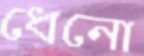
ধেনো